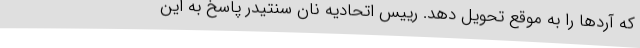
که آردها را به موقع تحویل دهد. رییس اتحادیه نان سنتیدر پاسخ به این